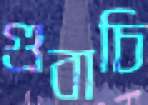
গুবাচি